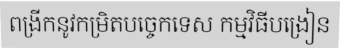
ពង្រីកនូវកម្រិតបច្ចេកទេស កម្មវិធីបង្រៀន